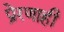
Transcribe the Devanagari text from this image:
प्रेरणाही